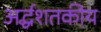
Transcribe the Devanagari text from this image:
अर्द्धशतकीय